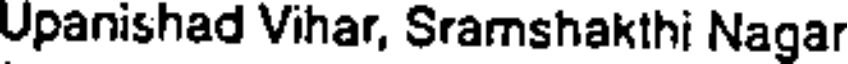
Upanishad Vihar, Sramshakthi Nagar